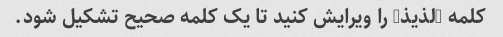
کلمه "لذیذ" را ویرایش کنید تا یک کلمه صحیح تشکیل شود.